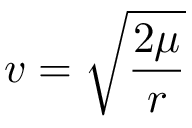
v = { \sqrt { \frac { 2 \mu } { r } } }